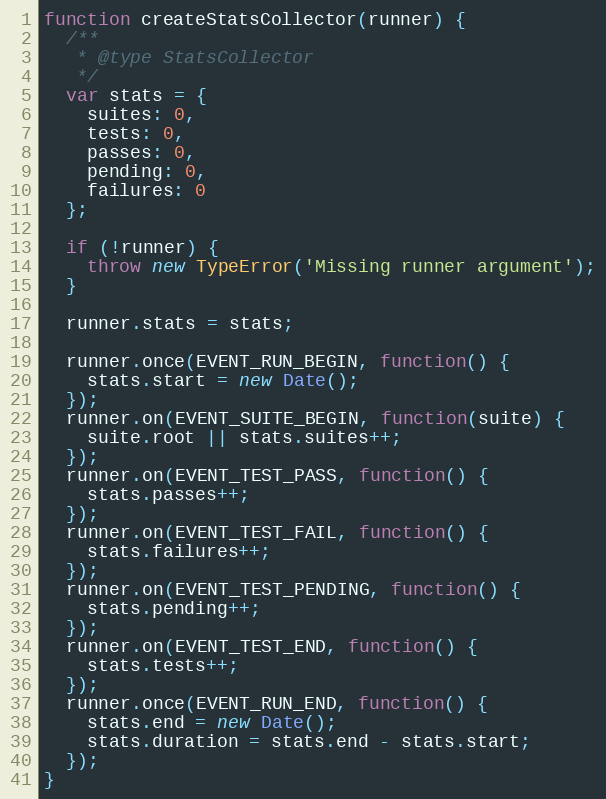
Language: JavaScript
function createStatsCollector(runner) {
  /**
   * @type StatsCollector
   */
  var stats = {
    suites: 0,
    tests: 0,
    passes: 0,
    pending: 0,
    failures: 0
  };

  if (!runner) {
    throw new TypeError('Missing runner argument');
  }

  runner.stats = stats;

  runner.once(EVENT_RUN_BEGIN, function() {
    stats.start = new Date();
  });
  runner.on(EVENT_SUITE_BEGIN, function(suite) {
    suite.root || stats.suites++;
  });
  runner.on(EVENT_TEST_PASS, function() {
    stats.passes++;
  });
  runner.on(EVENT_TEST_FAIL, function() {
    stats.failures++;
  });
  runner.on(EVENT_TEST_PENDING, function() {
    stats.pending++;
  });
  runner.on(EVENT_TEST_END, function() {
    stats.tests++;
  });
  runner.once(EVENT_RUN_END, function() {
    stats.end = new Date();
    stats.duration = stats.end - stats.start;
  });
}